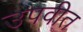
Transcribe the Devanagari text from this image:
उपवीत